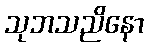
သုဘသညိနော